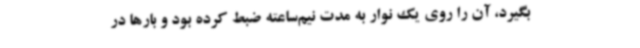
بگیرد، آن را روی یک نوار به مدت نیم‌ساعته ضبط کرده بود و بارها در